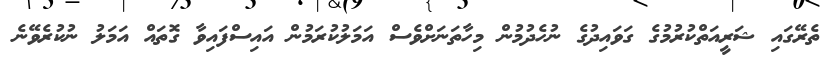
ތެރޭގައި ޝަރީއަތްކުރުމުގެ ގަވައިދުގެ ނުހެދުމުން މިހާތަނަށްވެސް އަމަލުކުރަމުން އައިސްފައިވާ ގޮތައް އަމަލު ނުކުރެވޭނެ